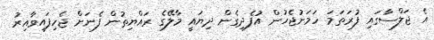
އެ ޖަލްސާގައި ފުރަތަމަ ހަމަނުޖެހުން އުފެދިގެން ދިޔައީ މާލޭގެ ރައްޔިތުން ފެނަށް ޖެހިފައިވާއިރު